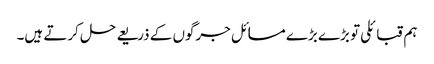
ہم قبائلی تو بڑے بڑے مسائل جرگوں کے ذریعے حل کرتے ہیں۔